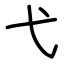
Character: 弋